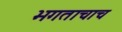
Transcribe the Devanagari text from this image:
भगताचाच